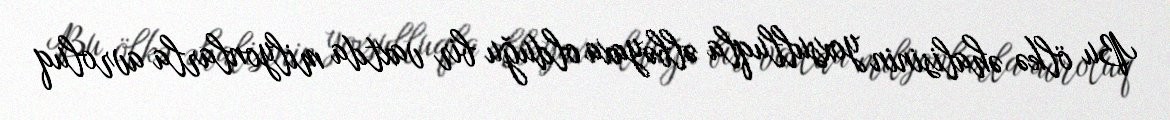
Bu ölkə əhalisinin yoxsulluqla əlbəyaxa olduğu bir vaxtda milyonlarla avroluq